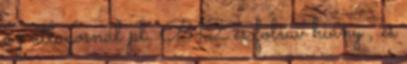
az átlagosnál pl. B12 és folsav hiány , és